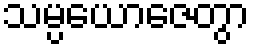
သမ္ပယောဇေတွာ